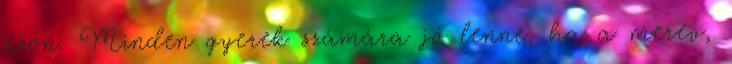
azon. Minden gyerek számára jó lenne, ha a merev,